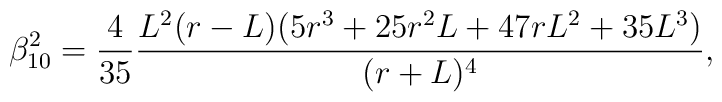
\beta_{10}^{2}=\frac{4}{35}\frac{L^2(r-L)(5r^3+25r^2L+47rL^2+35L^3)}{(r+L)^4},